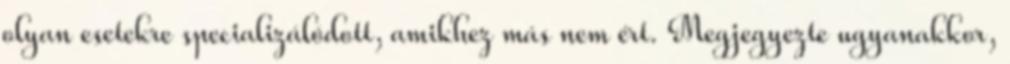
olyan esetekre specializálódott, amikhez más nem ért. Megjegyezte ugyanakkor,